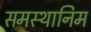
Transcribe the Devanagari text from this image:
समस्थानिम